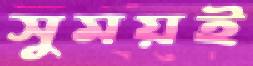
সুময়ই